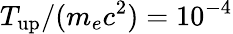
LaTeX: T_{\mathrm{up}}/(m_{e}c^{2})=10^{-4}